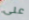
على